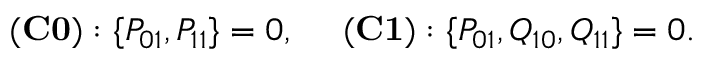
\begin{array} { r } { { \bf ( C 0 ) } : \{ P _ { 0 1 } , P _ { 1 1 } \} = 0 , ~ ~ ~ ~ { \bf ( C 1 ) } : \{ P _ { 0 1 } , Q _ { 1 0 } , Q _ { 1 1 } \} = 0 . } \end{array}